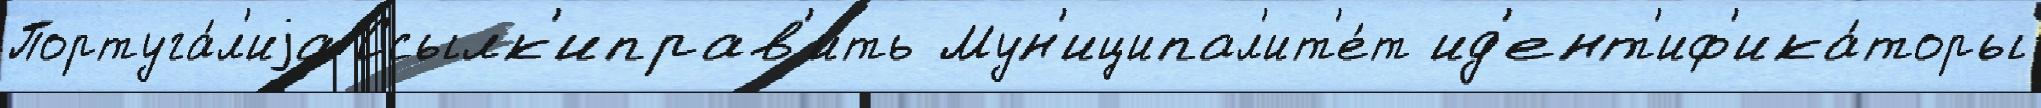
Португа́л'иjа Ссылк'иправ'ить Мун'иципал'ит'е́т ид'ент'иф'ика́торы